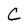
Character: C